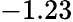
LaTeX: -1.23